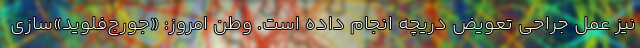
نیز عمل جراحی تعویض دریچه انجام داده است. وطن امروز: «جورج‌فلوید»سازی